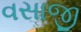
વસાજી